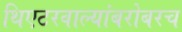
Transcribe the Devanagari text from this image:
थिएटरवाल्यांबरोबरच